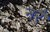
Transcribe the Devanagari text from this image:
नरै